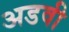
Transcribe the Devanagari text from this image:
अडवी